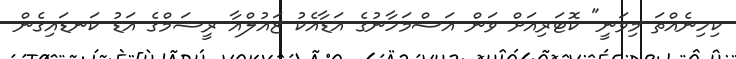
ކިހިނެއްތަ މިވަނީ" ކޮޓަރިއަށް ވަން އަސްމަހާނުގެ އަޑާއެކު ޒައުލްއާ ރީޝަމްގެ އަޑު ކަނޑައިގެން